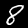
Digit: 8